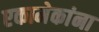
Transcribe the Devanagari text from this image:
एकामेकांना